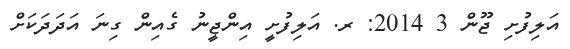
އަލިފުށި ޖޫން 3 2014: ރ. އަލިފުށީ އިންޖީނު ގެއިން ގިނަ އަދަދަކަށް